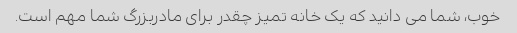
خوب، شما می دانید که یک خانه تمیز چقدر برای مادربزرگ شما مهم است.